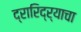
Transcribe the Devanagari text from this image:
द्रारिद्‌र्‍याचा